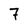
Character: 7